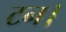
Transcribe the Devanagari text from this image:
टन।